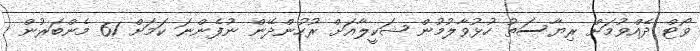
ވޯޓް ދެއްވުމަށް ރިޔާސަތު ހުޅުވާލުމުން ޝަކީލާއަށް ރުހުންދޭން ނުފެންނަ ކަމަށް 61 މެންބަރުން